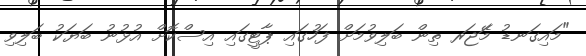
"މައިގަނޑު މަޭޖަރ ތިން ބަލިވުމަށް ފަހުގައި ޕާޓީގައި އިސްކޮށް އުޅުނު ބަޔަކު ބަލިވި